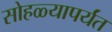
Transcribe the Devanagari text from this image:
सोहळ्यापर्यंत